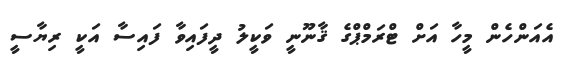
އެއަންހެން މީހާ އަށް ޓްރަމްޕްގެ ޤާނޫނީ ވަކީލު ދީފައިވާ ފައިސާ އަކީ ރިޔާސީ